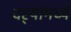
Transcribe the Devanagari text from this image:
दर्‍यांमध्ये